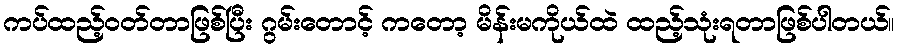
ကပ်ထည့်ဝတ်တာဖြစ်ပြီး ဂွမ်းတောင့် ကတော့ မိန်းမကိုယ်ထဲ ထည့်သုံးရတာဖြစ်ပါတယ်။